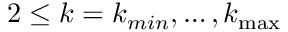
2 \leq k = k _ { m i n } , \ldots , k _ { \operatorname* { m a x } }